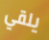
يلقي